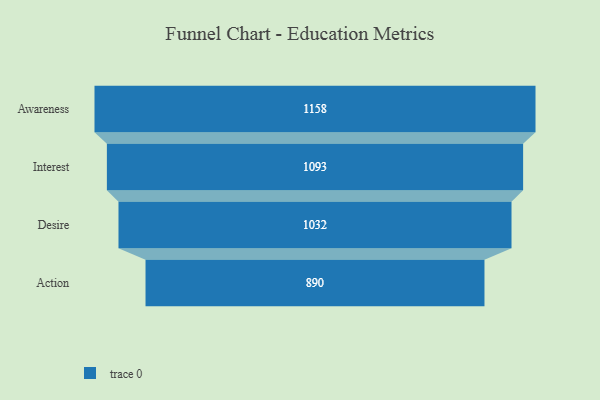
{"axis": {"x": "Stage", "y": "Value"}, "legend": [""], "data": [{"x": "Awareness", "y": 1158.0, "type": ""}, {"x": "Interest", "y": 1093.0, "type": ""}, {"x": "Desire", "y": 1032.0, "type": ""}, {"x": "Action", "y": 890.0, "type": ""}]}